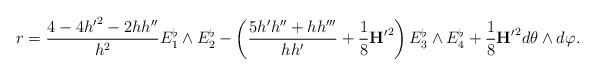
LaTeX: \begin{align*}r=\frac{4-4{h^\prime}^2-2hh^{\prime\prime}}{h^2}E_1^\flat\wedge E_2^\flat-\left(\frac{5h^\prime h^{\prime\prime}+hh^{\prime\prime\prime}}{hh^\prime}+\frac{1}{8}{\textbf{H}^\prime}^2\right)E_3^\flat\wedge E_4^\flat+\frac{1}{8}{\textbf{H}^\prime}^2d\theta\wedge d\varphi.\end{align*}